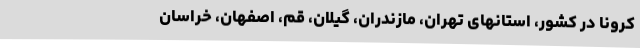
کرونا در کشور، استانهای تهران، مازندران، گیلان، قم، اصفهان، خراسان